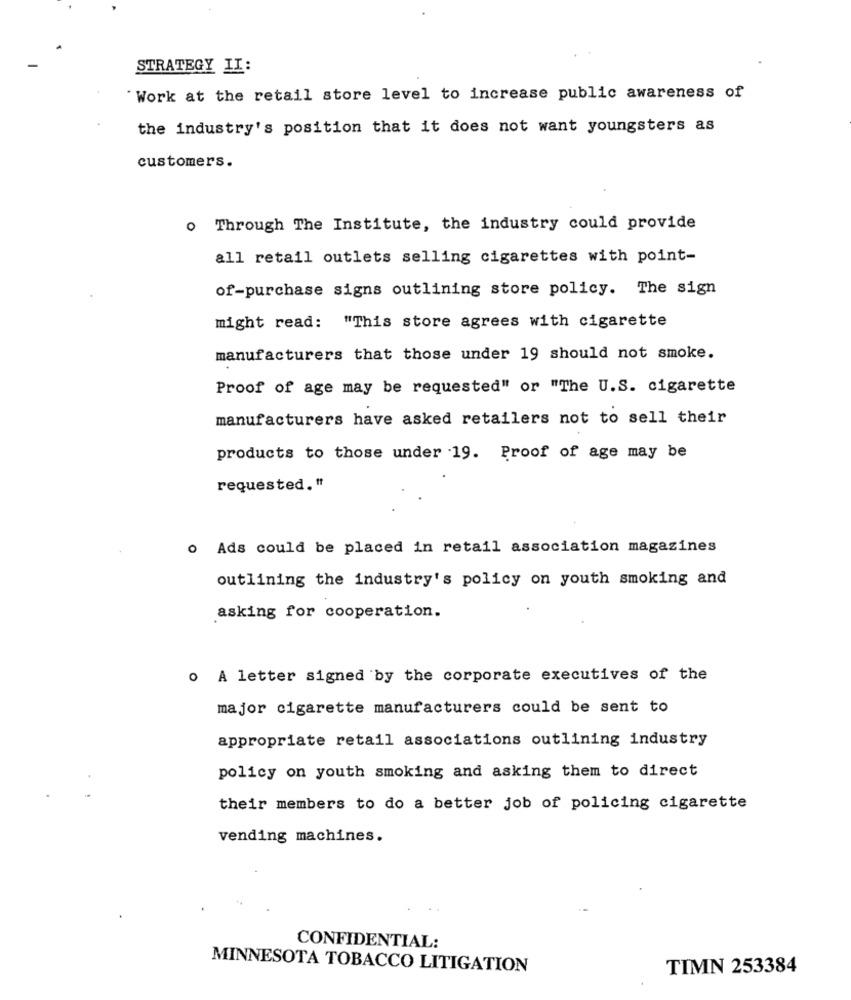
STRATEGY II:
"Work at the retail store level to increase public awareness of
the industry's position that it does not want youngsters as
customers.
o Through The Institute, the industry could provide
all retail outlets selling cigarettes with point-
of-purchase signs outlining store policy. The sign
might read: "This store agrees with cigarette
manufacturers that those under 19 should not smoke.
Proof of age may be requested" or "The U.S. cigarette
manufacturers have asked retailers not to sell their
products to those under 19. Proof of age may be
requested."
o Ads could be placed in retail association magazines
outlining the industry's policy on youth smoking and
asking for cooperation.
o A letter signed by the corporate executives of the
major cigarette manufacturers could be sent to
appropriate retail associations outlining industry
policy on youth smoking and asking them to direct
their members to do a better job of policing cigarette
vending machines.
CONFIDENTIAL:
MINNESOTA TOBACCO LITIGATION
TIMN 253384